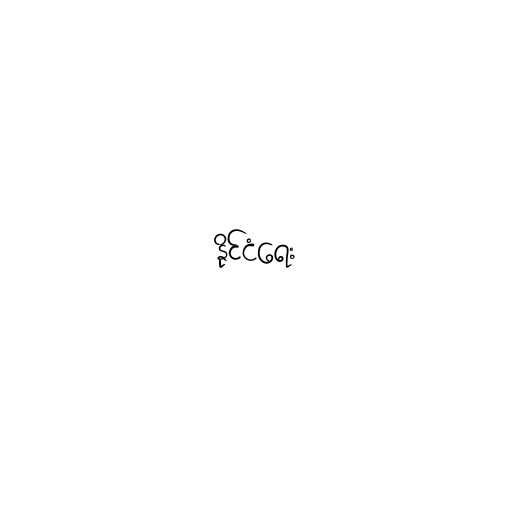
နိုင်ငံရေး